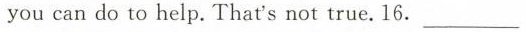
you can do to help.That's not true.16.___